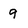
Character: 9